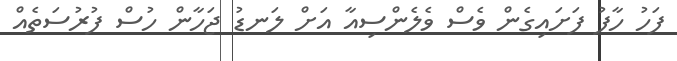
ފަހު ހާފު ފަށައިގެން ވެސް ވެލެންސިއާ އަށް ލަނޑު ޖަހާން ހުސް ފުރުސަތެއް